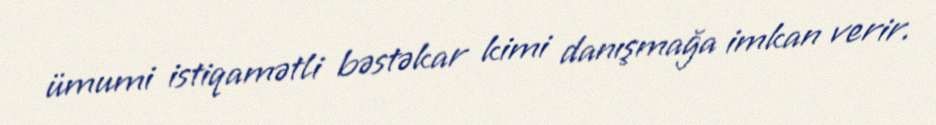
ümumi istiqamətli bəstəkar kimi danışmağa imkan verir.